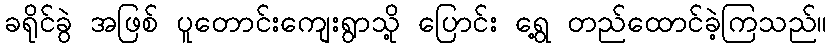
ခရိုင်ခွဲ အဖြစ် ပူတောင်းကျေးရွာသို့ ပြောင်း ရွေ့ တည်ထောင်ခဲ့ကြသည်။